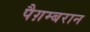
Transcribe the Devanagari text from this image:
पैग़म्बरान